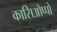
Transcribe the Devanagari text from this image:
कासिओप्पो